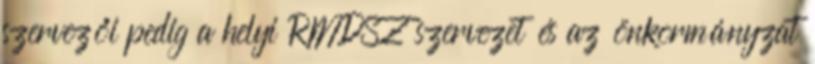
szervezői pedig a helyi RMDSZ szervezet és az önkormányzat